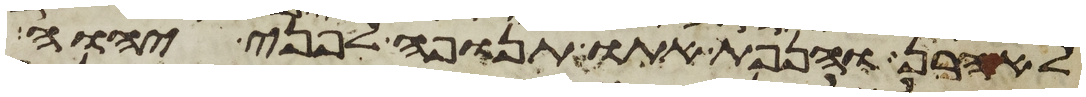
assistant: לאהרן והנפת אתו תנופה לפני יהוה